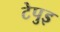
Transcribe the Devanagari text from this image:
टेपुइ